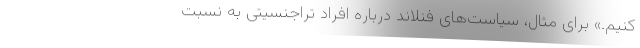
کنیم.» برای مثال، سیاست‌های فنلاند درباره افراد تراجنسیتی به نسبت